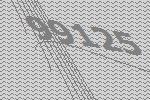
99125